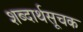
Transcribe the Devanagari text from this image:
शब्दार्थसूचक